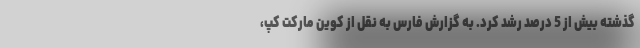
گذشته بیش از 5 درصد رشد کرد. به گزارش فارس به نقل از کوین مارکت کپ،